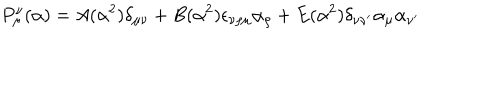
P _ { \mu } ^ { \nu } ( \alpha ) = A ( \alpha ^ { 2 } ) \delta _ { \mu \nu } + B ( \alpha ^ { 2 } ) \epsilon _ { \nu \rho \mu } \alpha _ { \rho } + E ( \alpha ^ { 2 } ) \delta _ { \nu \nu ^ { \prime } } \alpha _ { \mu } \alpha _ { \nu ^ { \prime } }